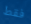
فقط